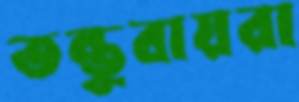
তন্তুবায়রা